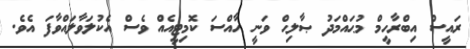
ރައީސް އިބްރާހީމް މުޙައްމަދު ޞާލިޙް ވަނީ ހާއްސަ ކޮމިޓީއެއް ވެސް އެކުލަވާލައްވާފަ އެވެ.